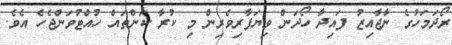
ރޯދަމަހުގެ ނާޖާއިޒު ފައިދާ ހޯދަން ވިޔަފާރިވެރިން މި ކުރާ ކަންތައް ހުއްޓުވަންޖެހެ އެވެ.